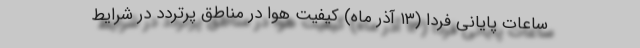
ساعات پایانی فردا (۱۳ آذر ماه) کیفیت هوا در مناطق پرتردد در شرایط